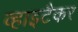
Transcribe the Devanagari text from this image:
व्हाइटैकर